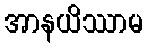
အာနယိဿာမ